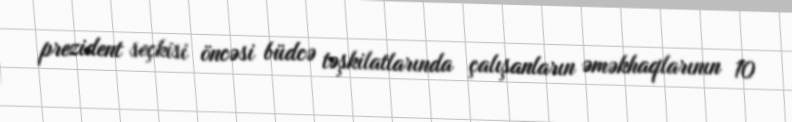
prezident seçkisi öncəsi büdcə təşkilatlarında çalışanların əməkhaqlarının 10